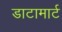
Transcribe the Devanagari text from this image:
डाटामार्ट